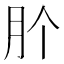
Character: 𭨦